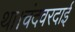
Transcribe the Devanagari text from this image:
था।चंदवरदाई